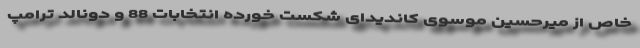
خاص از میرحسین موسوی کاندیدای شکست خورده انتخابات 88 و دونالد ترامپ